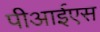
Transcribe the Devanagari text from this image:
पीआईएस